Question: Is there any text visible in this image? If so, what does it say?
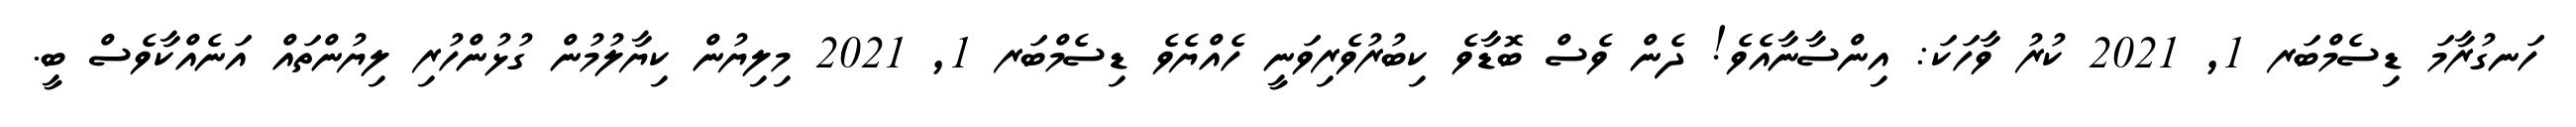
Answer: ހަނގުރާމަ ޑިސެމްބަރ 1, 2021 ކުރު ވާހަކަ: އިންސާނާއެވެ! ދެން ވެސް ބޮޑާވެ ކިބުރުވެރިވަނީ ހެއްޔެވެ ޑިސެމްބަރ 1, 2021 މިލިޔުން ކިޔާލުމުން ގުޅުންހުރި ލިޔުންތައް އަނެއްކާވެސް ބީ.